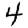
Digit: 4